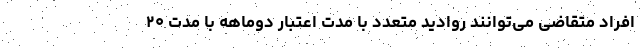
افراد متقاضی می‌توانند روادید متعدد با مدت اعتبار دوماهه با مدت ۲۰